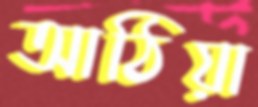
আঠিয়া